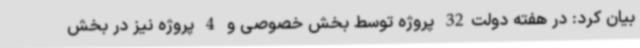
بیان کرد: در هفته دولت32 پروژه توسط بخش خصوصی و 4 پروژه نیز در بخش